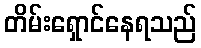
တိမ်းရှောင်နေရသည်